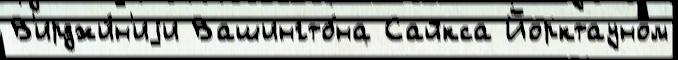
В'ирджи́н'иjи Вашингто́на Сайкса Йорктауном